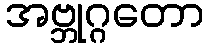
အဗ္ဘုဂ္ဂတော